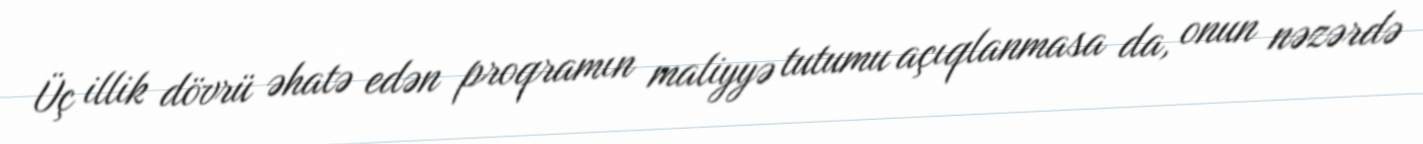
Üç illik dövrü əhatə edən proqramın maliyyə tutumu açıqlanmasa da, onun nəzərdə